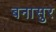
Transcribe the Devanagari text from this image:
बनासुर